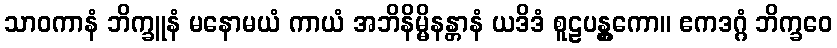
သာဝကာနံ ဘိက္ခူနံ မနောမယံ ကာယံ အဘိနိမ္မိနန္တာနံ ယဒိဒံ စူဠပန္တွကော။ ဧကဒဂ္ဂံ ဘိက္ခဝေ